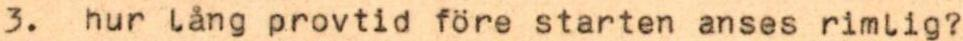
3. hur lång provtid före starten anses rimlig?